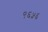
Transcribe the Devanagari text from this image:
९६५६